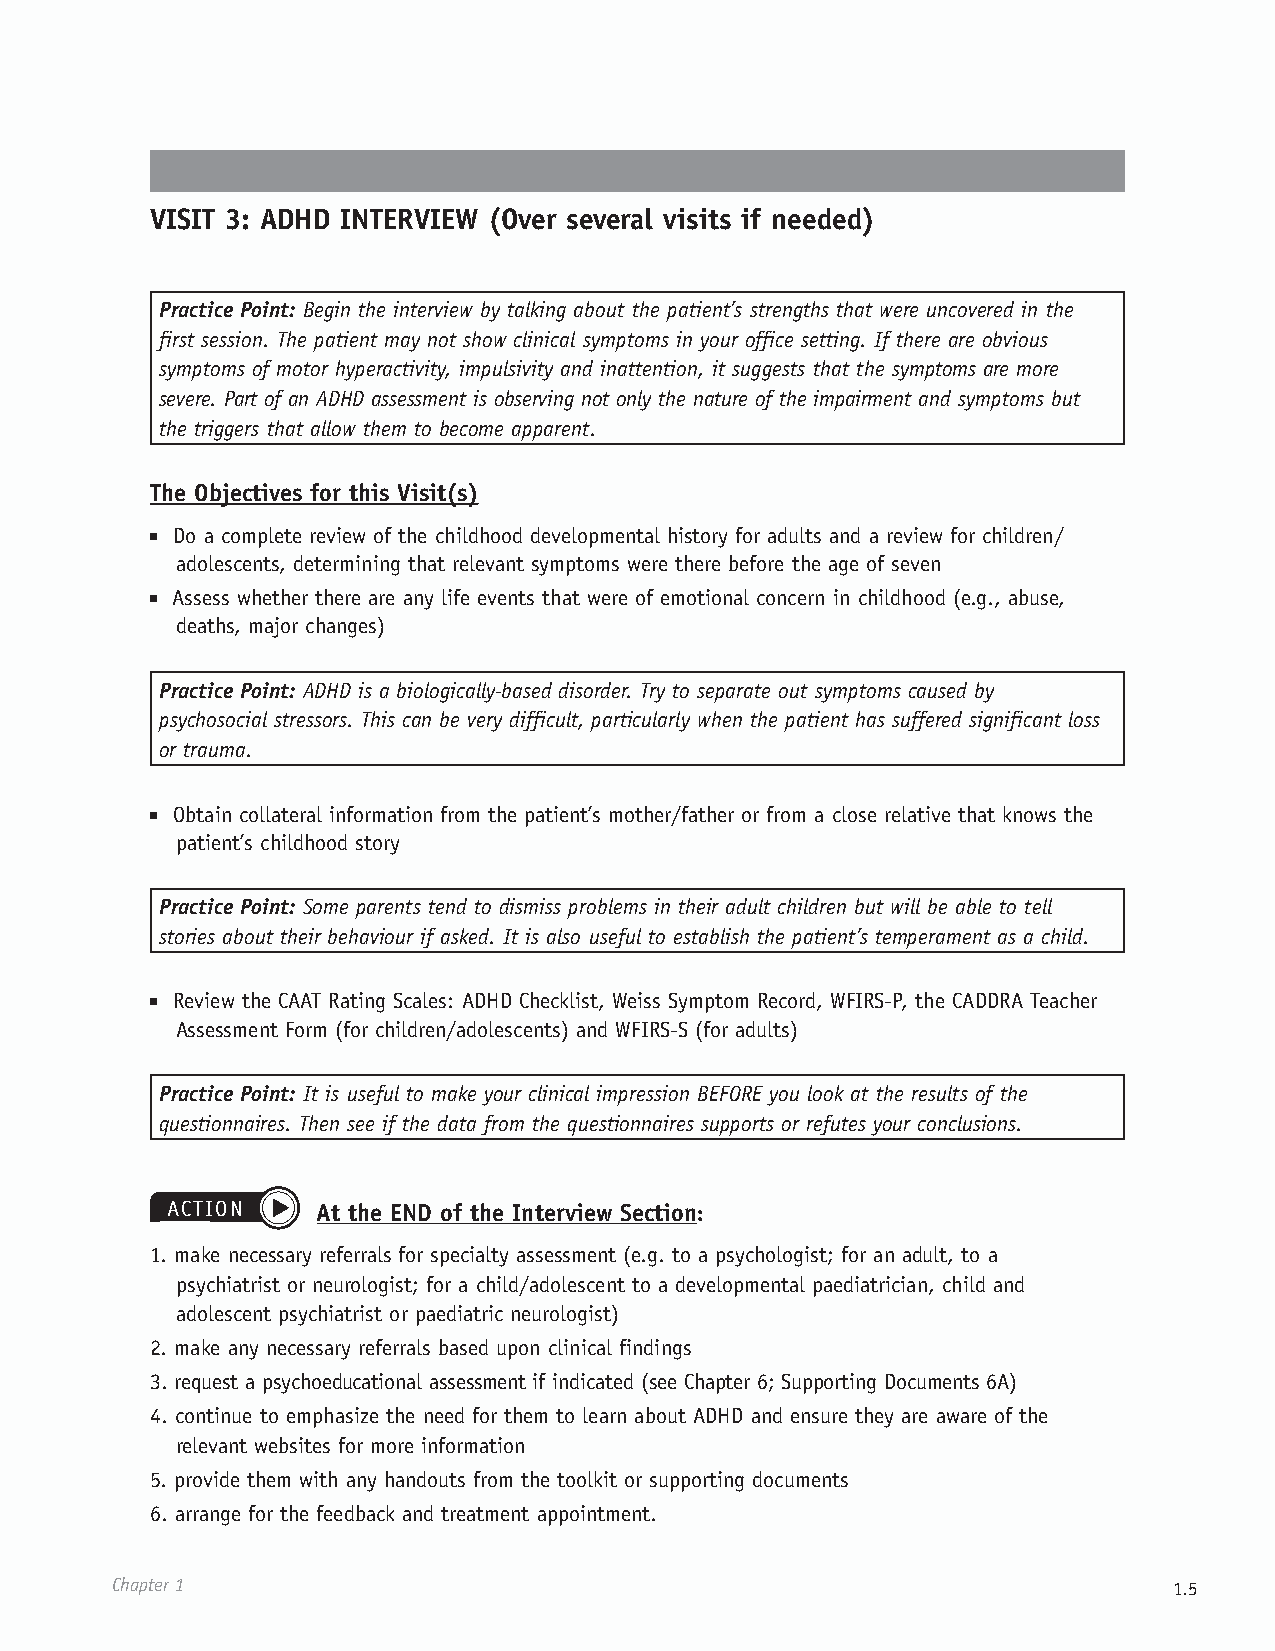
VISIT 3: ADHD INTERVIEW (Over several visits if needed)
 Practice Point: Begin the interview by talking about the patient’s strengths that were uncovered in the
 first session. The patient may not show clinical symptoms in your office setting. If there are obvious
 symptoms of motor hyperactivity, impulsivity and inattention, it suggests that the symptoms are more
 severe. Part of an ADHD assessment is observing not only the nature of the impairment and symptoms but
 the triggers that allow them to become apparent.
 The Objectives for this Visit(s)
 ■ Do a complete review of the childhood developmental history for adults and a review for children/
 adolescents, determining that relevant symptoms were there before the age of seven
 ■ Assess whether there are any life events that were of emotional concern in childhood (e.g., abuse,
 deaths, major changes)
 Practice Point: ADHD is a biologically-based disorder. Try to separate out symptoms caused by
 psychosocial stressors. This can be very difficult, particularly when the patient has suffered significant loss
 or trauma.
 ■ Obtain collateral information from the patient’s mother/father or from a close relative that knows the
 patient’s childhood story
 Practice Point: Some parents tend to dismiss problems in their adult children but will be able to tell
 stories about their behaviour if asked. It is also useful to establish the patient’s temperament as a child.
 ■ Review the CAAT Rating Scales: ADHD Checklist, Weiss Symptom Record, WFIRS-P, the CADDRA Teacher
 Assessment Form (for children/adolescents) and WFIRS-S (for adults)
 Practice Point: It is useful to make your clinical impression BEFORE you look at the results of the
 questionnaires. Then see if the data from the questionnaires supports or refutes your conclusions.
 ACTION    At the END of the Interview Section:
 1. make necessary referrals for specialty assessment (e.g. to a psychologist; for an adult, to a
 psychiatrist or neurologist; for a child/adolescent to a developmental paediatrician, child and
 adolescent psychiatrist or paediatric neurologist)
 2. make any necessary referrals based upon clinical findings
 3. request a psychoeducational assessment if indicated (see Chapter 6; Supporting Documents 6A)
 4. continue to emphasize the need for them to learn about ADHD and ensure they are aware of the
 relevant websites for more information
 5. provide them with any handouts from the toolkit or supporting documents
 6. arrange for the feedback and treatment appointment.
 Chapter 1                                                              1.5